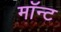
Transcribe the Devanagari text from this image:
मॉन्ट